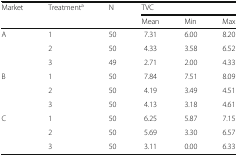
<table><thead><tr><td rowspan="2"><b>Market</b></td><td rowspan="2"><b>Treatment<sup>a</sup></b></td><td rowspan="2"><b>N</b></td><td colspan="3"><b>TVC</b></td></tr><tr><td><b>Mean</b></td><td><b>Min</b></td><td><b>Max</b></td></tr></thead><tbody><tr><td rowspan="3">A</td><td>1</td><td>50</td><td>7.31</td><td>6.00</td><td>8.20</td></tr><tr><td>2</td><td>50</td><td>4.33</td><td>3.58</td><td>6.52</td></tr><tr><td>3</td><td>49</td><td>2.71</td><td>2.00</td><td>4.33</td></tr><tr><td rowspan="3">B</td><td>1</td><td>50</td><td>7.84</td><td>7.51</td><td>8.09</td></tr><tr><td>2</td><td>50</td><td>4.19</td><td>3.49</td><td>4.51</td></tr><tr><td>3</td><td>50</td><td>4.13</td><td>3.18</td><td>4.61</td></tr><tr><td rowspan="3">C</td><td>1</td><td>50</td><td>6.25</td><td>5.87</td><td>7.15</td></tr><tr><td>2</td><td>50</td><td>5.69</td><td>3.30</td><td>6.57</td></tr><tr><td>3</td><td>50</td><td>3.11</td><td>0.00</td><td>6.33</td></tr></tbody></table>